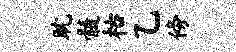
耽髓枯乙傍